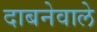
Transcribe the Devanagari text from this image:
दाबनेवाले